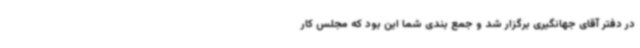
در دفتر آقای جهانگیری برگزار شد و جمع بندی شما این بود که مجلس کار